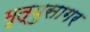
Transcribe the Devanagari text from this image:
मृत्युसागर